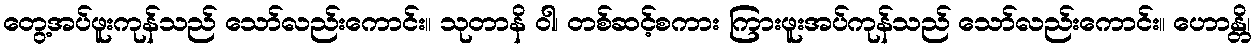
တွေ့အပ်ဖူးကုန်သည် သော်လည်းကောင်း။ သုတာနိ ဝါ၊ တစ်ဆင့်စကား ကြားဖူးအပ်ကုန်သည် သော်လည်းကောင်း။ ဟောန္တိ၊